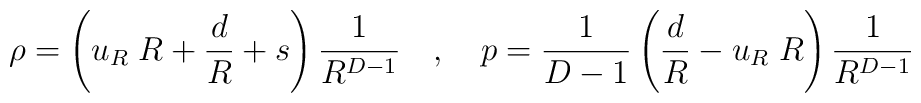
\rho = \left( u_R \; R + {{d} \over R} + s \right) {1 \over{R^{D-1}}} ~~~,~~~p  = {1 \over {D-1}} \left( {d \over R} -  u_R \; R\right) {1 \over{R^{D-1}}}